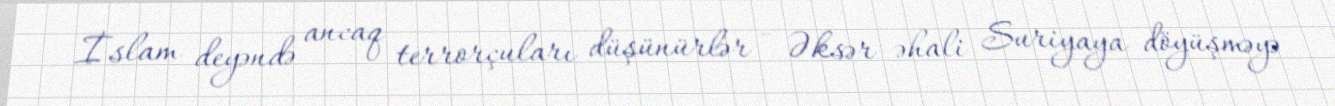
İslam deyəndə ancaq terrorçuları düşünürlər - Əksər əhali Suriyaya döyüşməyə